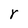
Character: r